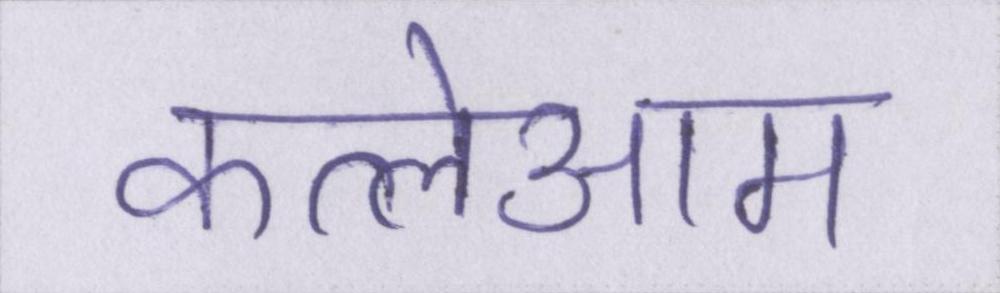
कत्लेआम